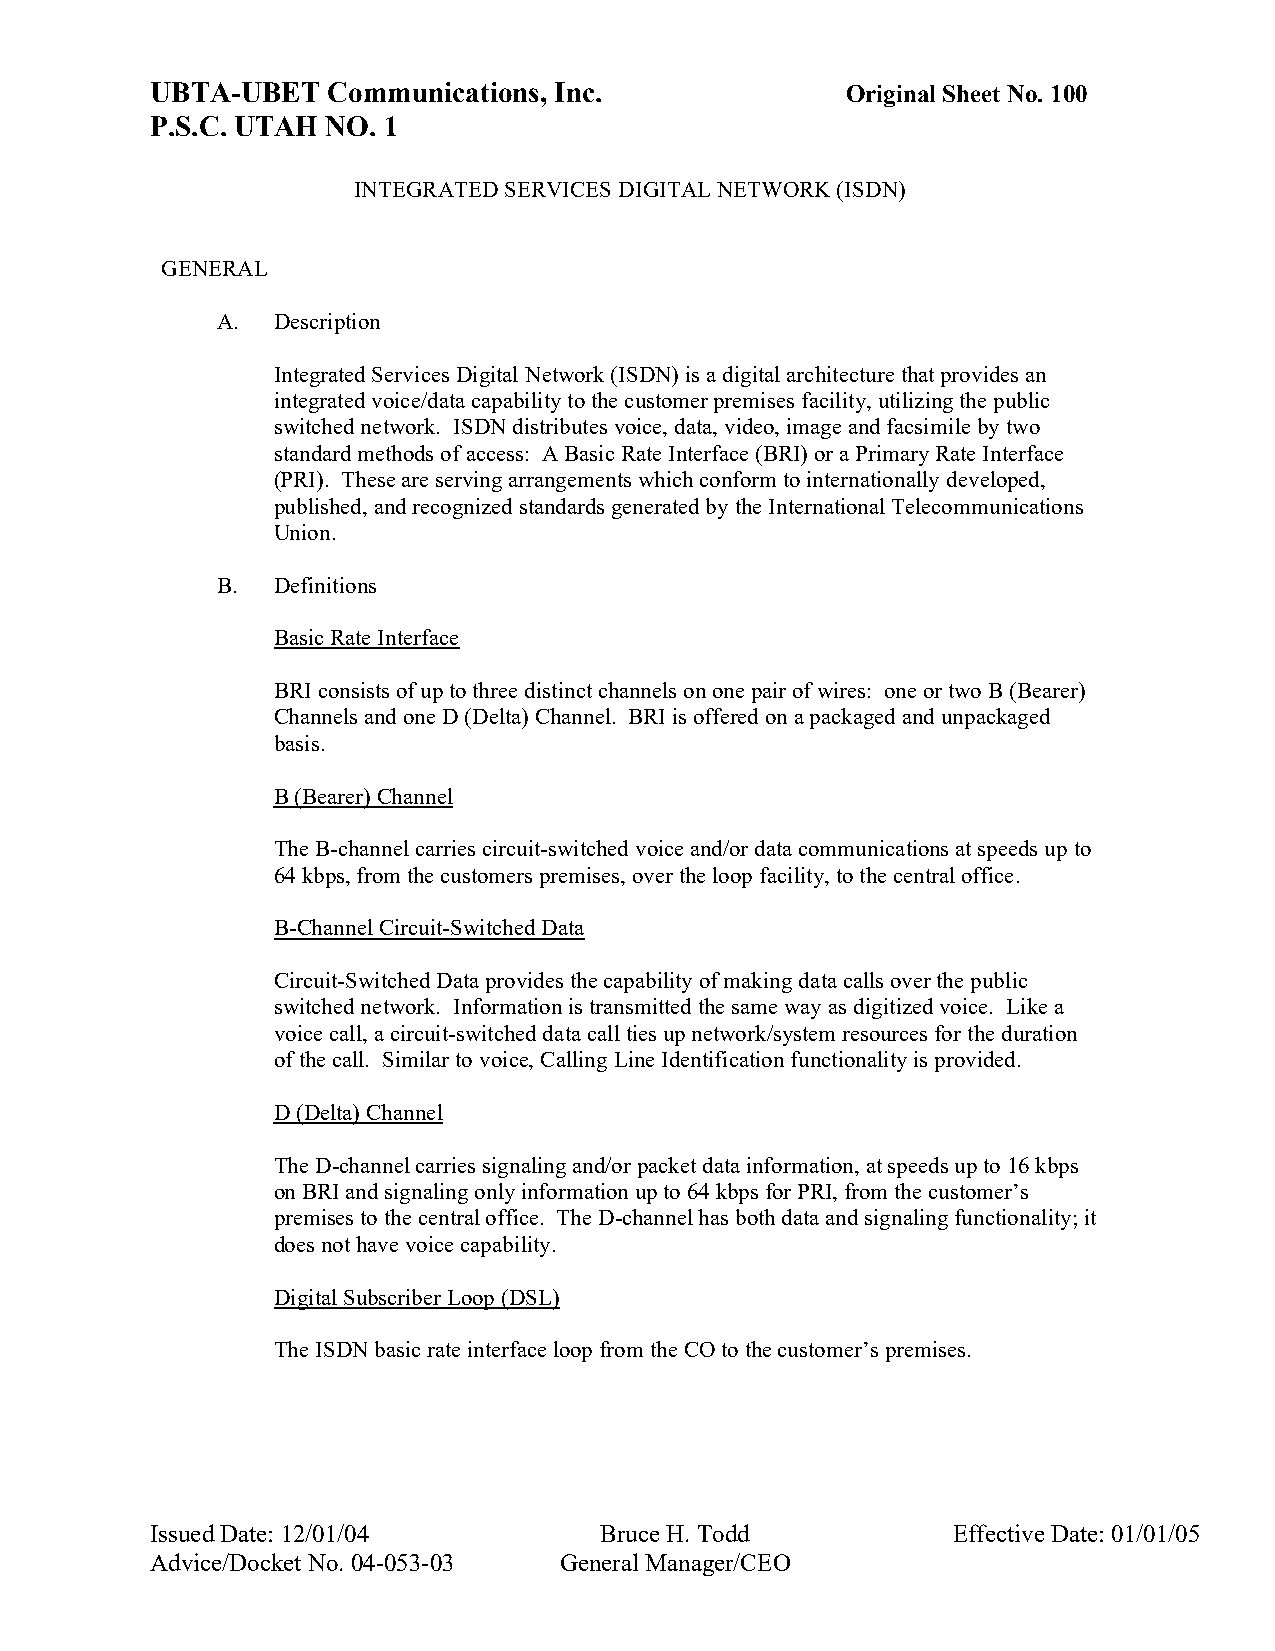
UBTA-UBET   Communications, Inc.              Original Sheet No. 100
 P.S.C. UTAH NO. 1
 INTEGRATED SERVICES DIGITAL NETWORK (ISDN)
 GENERAL
 A.  Description
 Integrated Services Digital Network (ISDN) is a digital architecture that provides an
 integrated voice/data capability to the customer premises facility, utilizing the public
 switched network. ISDN distributes voice, data, video, image and facsimile by two
 standard methods of access: A Basic Rate Interface (BRI) or a Primary Rate Interface
 (PRI). These are serving arrangements which conform to internationally developed,
 published, and recognized standards generated by the International Telecommunications
 Union.
 B.  Definitions
 Basic Rate Interface
 BRI consists of up to three distinct channels on one pair of wires: one or two B (Bearer)
 Channels and one D (Delta) Channel. BRI is offered on a packaged and unpackaged
 basis.
 B (Bearer) Channel
 The B-channel carries circuit-switched voice and/or data communications at speeds up to
 64 kbps, from the customers premises, over the loop facility, to the central office.
 B-Channel Circuit-Switched Data
 Circuit-Switched Data provides the capability of making data calls over the public
 switched network. Information is transmitted the same way as digitized voice. Like a
 voice call, a circuit-switched data call ties up network/system resources for the duration
 of the call. Similar to voice, Calling Line Identification functionality is provided.
 D (Delta) Channel
 The D-channel carries signaling and/or packet data information, at speeds up to 16 kbps
 on BRI and signaling only information up to 64 kbps for PRI, from the customer’s
 premises to the central office. The D-channel has both data and signaling functionality; it
 does not have voice capability.
 Digital Subscriber Loop (DSL)
 The ISDN basic rate interface loop from the CO to the customer’s premises.
 Issued Date: 12/01/04         Bruce H. Todd          Effective Date: 01/01/05
 Advice/Docket No. 04-053-03 General Manager/CEO